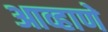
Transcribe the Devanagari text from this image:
आव्हाणे